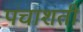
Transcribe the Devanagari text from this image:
पंचाशती